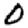
Digit: 0